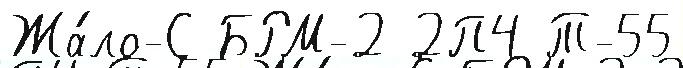
Жа́ло-С БРМ-2 2П4 Т-55